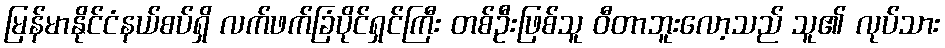
မြန်မာနိုင်ငံနယ်စပ်ရှိ လက်ဖက်ခြံပိုင်ရှင်ကြီး တစ်ဦးဖြစ်သူ ဝီတာဘူးလော့သည် သူ၏ လုပ်သား